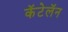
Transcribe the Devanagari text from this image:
कॅटेलॅन